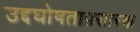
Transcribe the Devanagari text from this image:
उद्दघोषताप्रसारक